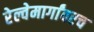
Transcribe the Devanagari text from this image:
रेल्वेमार्गांवरच